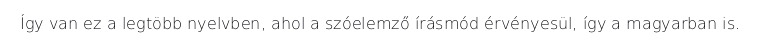
Így van ez a legtöbb nyelvben, ahol a szóelemző írásmód érvényesül, így a magyarban is.